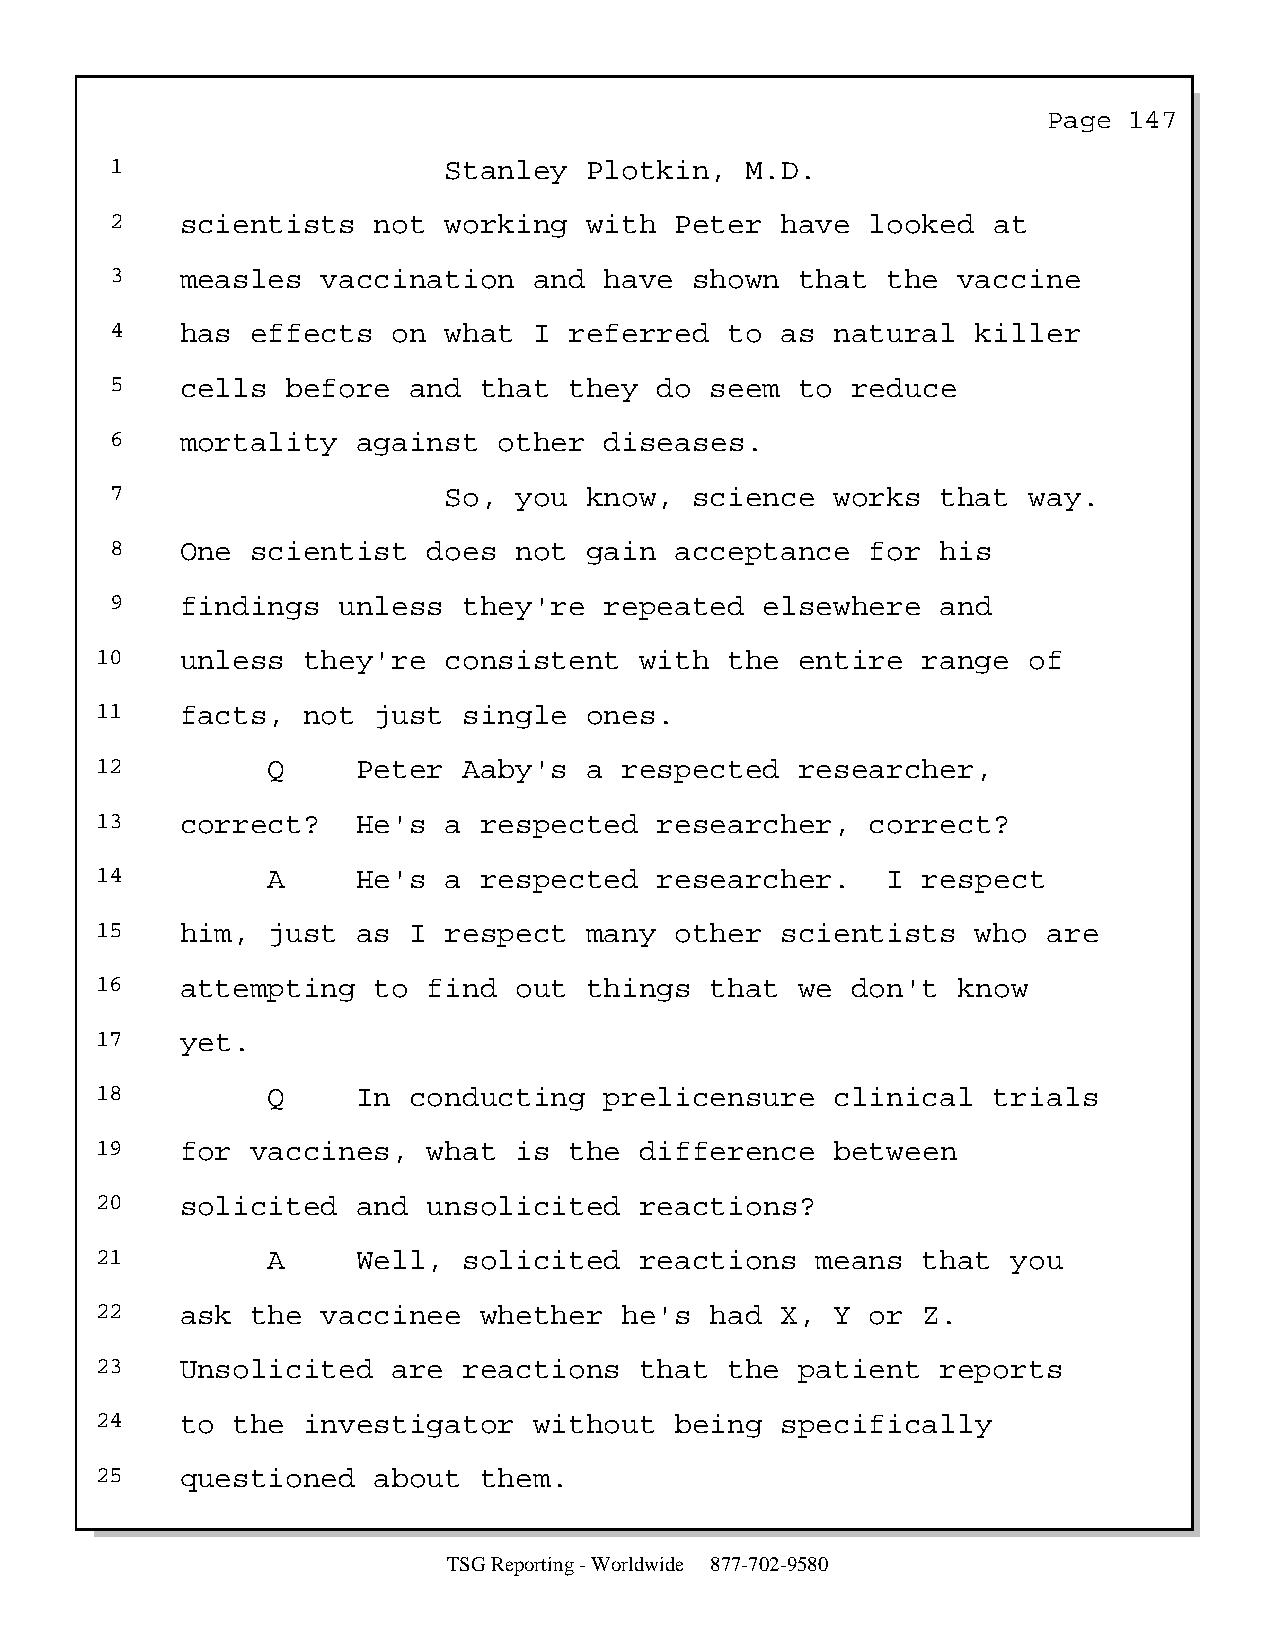
Page  147
 1                     Stanley   Plotkin,  M.D.
 2    scientists   not working   with  Peter  have  looked  at
 3    measles  vaccination   and  have  shown  that  the vaccine
 4    has  effects  on what  I  referred  to  as natural   killer
 5    cells  before  and  that  they  do seem  to reduce
 6    mortality   against  other  diseases.
 7                     So,  you  know,  science  works  that  way.
 8    One  scientist  does  not  gain  acceptance   for his
 9    findings  unless   they're  repeated   elsewhere  and
 10    unless  they're  consistent   with  the  entire  range  of
 11    facts,  not  just  single  ones.
 12          Q     Peter  Aaby's  a respected   researcher,
 13    correct?    He's a  respected   researcher,   correct?
 14          A     He's a  respected   researcher.    I respect
 15    him,  just  as I respect   many  other  scientists   who are
 16    attempting   to find  out  things  that  we don't  know
 17    yet.
 18          Q     In conducting   prelicensure   clinical   trials
 19    for  vaccines,  what  is  the difference   between
 20    solicited   and unsolicited   reactions?
 21          A     Well,  solicited  reactions   means  that  you
 22    ask  the vaccinee   whether  he's  had  X, Y  or Z.
 23    Unsolicited   are  reactions  that  the  patient  reports
 24    to the  investigator   without   being  specifically
 25    questioned   about  them.
 TSG Reporting - Worldwide 877-702-9580